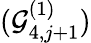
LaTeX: (\mathcal{G}_{4,j+1}^{(1)})